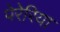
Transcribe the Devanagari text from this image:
पेरेरिया